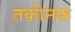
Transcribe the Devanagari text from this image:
तकीनक